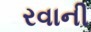
રવાની